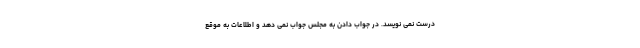
درست نمی نویسد. در جواب دادن به مجلس جواب نمی دهد و اطلاعات به موقع